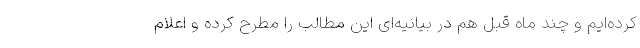
کرده‌ایم و چند ماه قبل هم در بیانیه‌ای این مطالب را مطرح کرده و اعلام